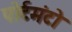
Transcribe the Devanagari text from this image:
पोर्टमंटो